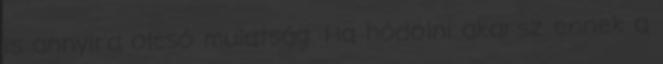
is annyira olcsó mulatság. Ha hódolni akarsz ennek a